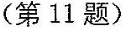
(第11题)